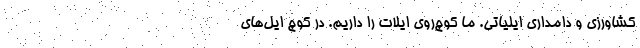
کشاورزی و دامداری ایلیاتی. ما کوچ‌روی ایلات را داریم. در کوچ ایل‌های